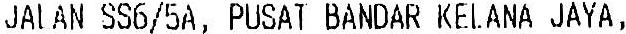
JALAN SS6/5A, PUSAT BANDAR KELANA JAYA,